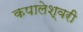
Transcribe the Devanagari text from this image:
कपालेश्वरी